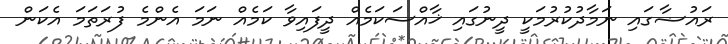
ރައުޟާގައި ނަމާދުކުރުމަކީ ދީނުގައި ޚާއްސަކަމެއް ދީފައިވާ ކަމެއް ނަމަ އެންމެ ފުރަތަމަ އެކަން